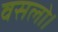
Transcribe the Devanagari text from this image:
वसलो।